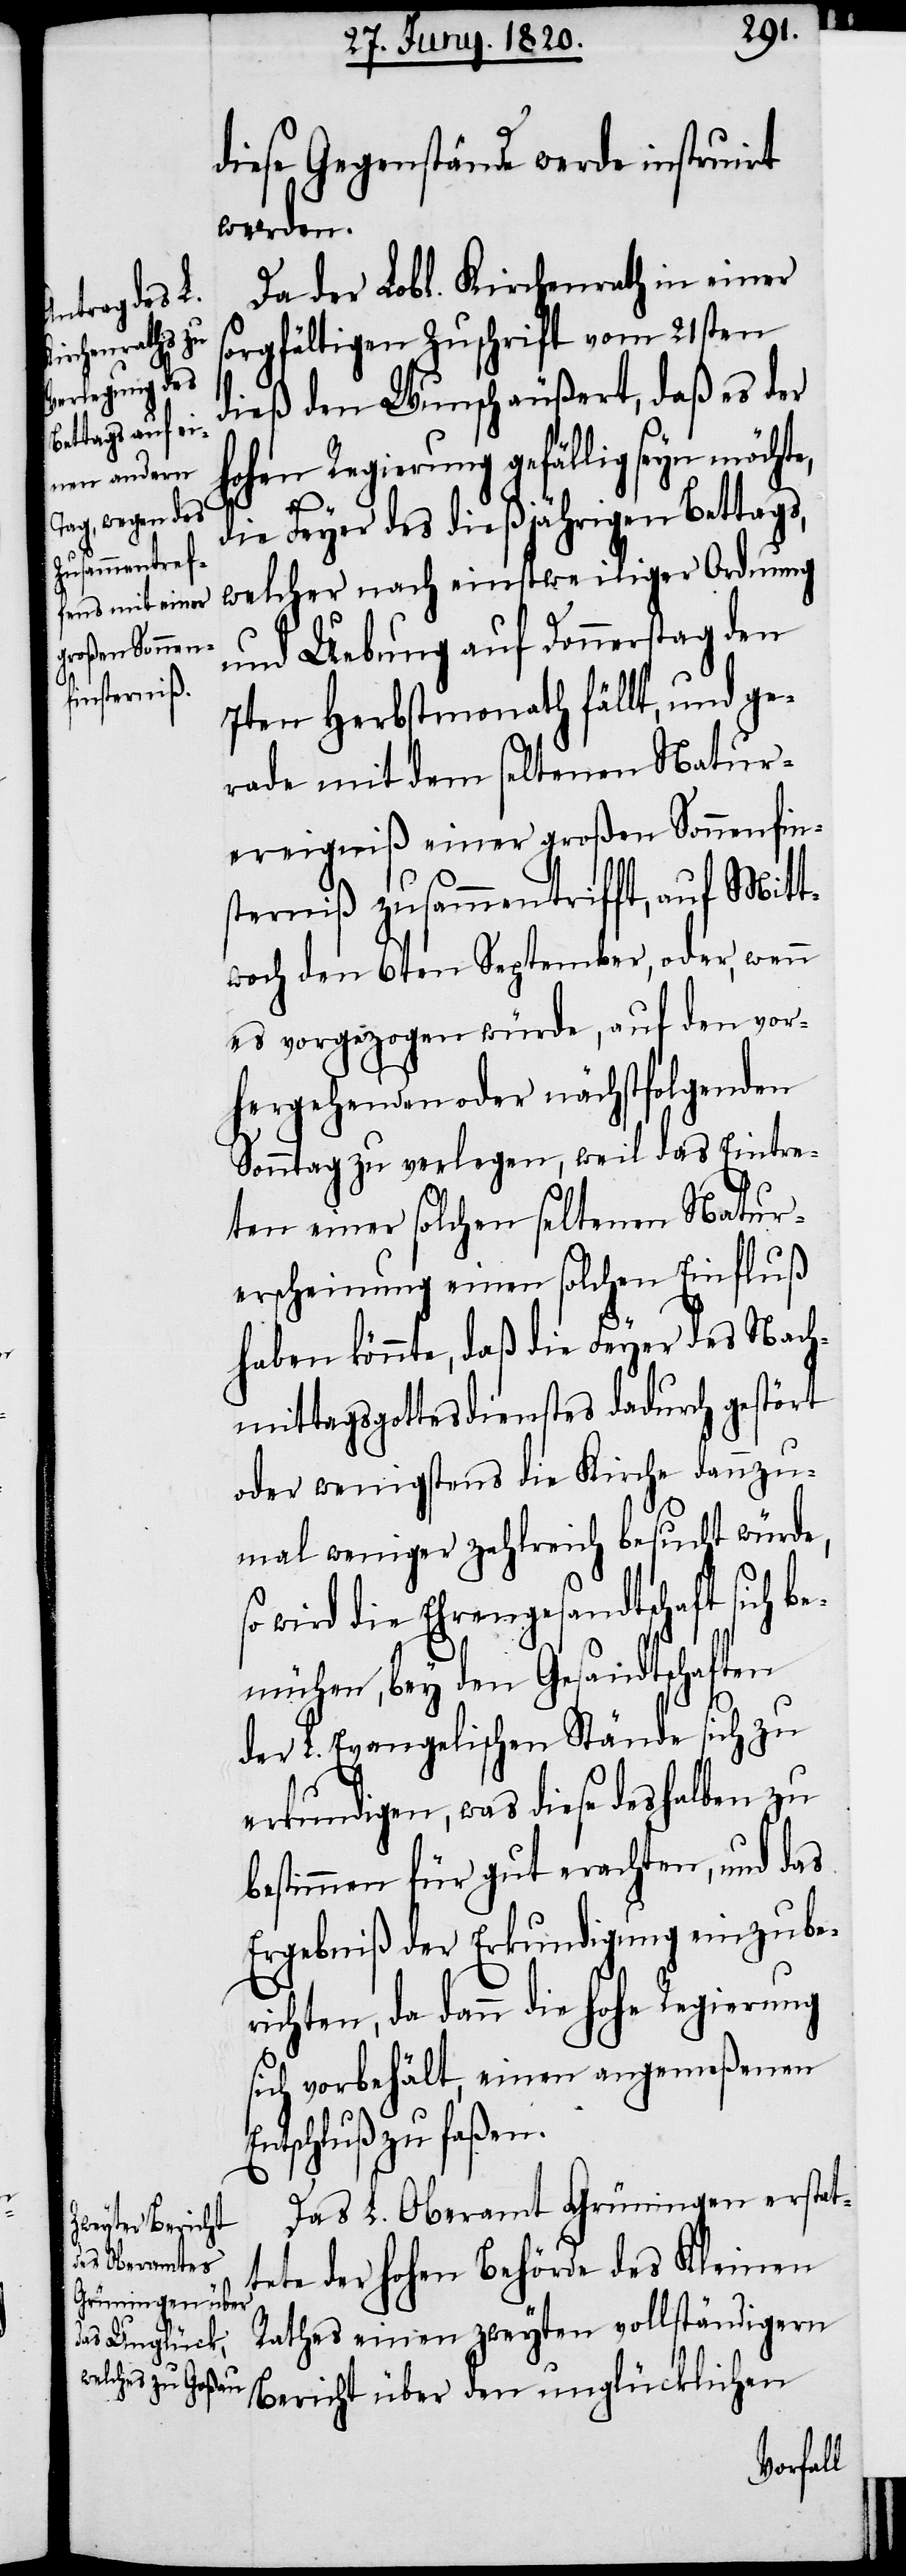
diese Gegenstände werde instruirt
werden.
Da der Lobl. Kirchenrath in einer
sorgfältigen Zuschrift vom 21sten
dieß den Wunsch äußert, daß es der
ohen Regierung gefällig seyn
die Feyer des dießjährigen Bettags,
welcher nach einstweiliger Ordnung
und Uebung auf Donnerstag den
7ten Herbstmonath fällt, und ge¬
rade mit dem seltenen Natur¬
ereigniß zusammentrifft, auf Mitt¬
woch den 6ten September, oder, wenn
es vorgezogen würde, auf den vor¬
hergehenden oder nächstfolgenden
Sonntag zu verlegen, weil das Eintre¬
ten einer solchen seltenen Natur¬
erscheinung einen solchen Einfluß
haben könnte, daß die Feyer des Nach¬
mittagsgottesdienstes dadurch gestört
oder wenigstens die Kirche dannzu¬
mal weniger zahlreich besucht würde,
so wird die Ehrengesandtschaft sich be¬
mühen, bey den Gesandtschaften
der L. Evangelischen Stände sich zu
erkundigen, was diese deshalben zu
bestimmen für gut erachten, und das
Ergebniß der Erkundigung einzube¬
richten, da dann die hohe Regierung
sich vorbehält, einen angemeßenen
tschluß zu faßen.
Das L. Oberamt Grüningen erstat¬
tete der hohen Behörde des Kleinen
Rathes einen zweyten vollständigeren
Bericht über den unglücklichen

En¬